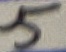
Text: 5